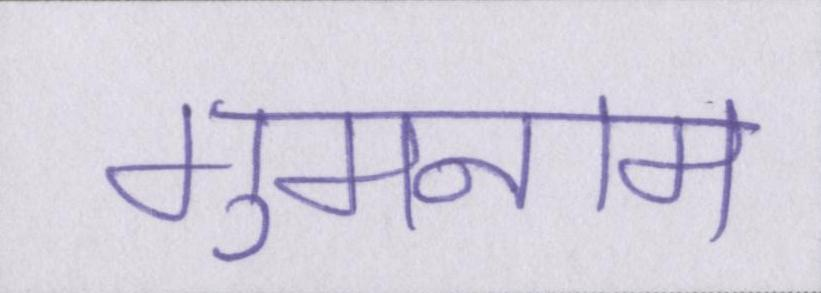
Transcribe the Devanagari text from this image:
गुमनाम